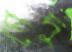
গেদু